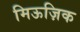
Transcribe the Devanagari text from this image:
मिऊज़िक